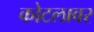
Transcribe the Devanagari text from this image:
कोटलावर